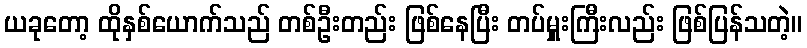
ယခုတော့ ထိုနှစ်ယောက်သည် တစ်ဦးတည်း ဖြစ်နေပြီး တပ်မှူးကြီးလည်း ဖြစ်ပြန်သတဲ့။